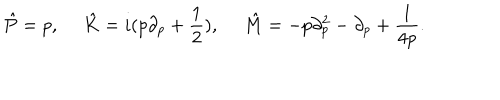
\hat { P } = p , ~ ~ \hat { K } = i ( p \partial _ { p } + \frac { 1 } { 2 } ) , ~ ~ \hat { M } = - p \partial _ { p } ^ { 2 } - \partial _ { p } + \frac { 1 } { 4 p } .